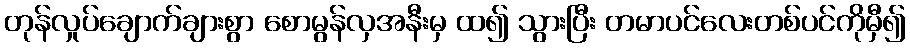
တုန်လှုပ်ချောက်ချားစွာ စောမွန်လှအနီးမှ ထ၍ သွားပြီး တမာပင်လေးတစ်ပင်ကိုမှီ၍